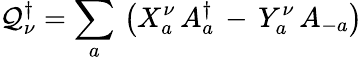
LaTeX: \mathcal{Q}_{\nu}^{\dagger}=\sum_{a}\, \left(X_{a}^{\nu}\, A_{a}^{\dagger}\, -\, Y_{a}^{\nu}\, A_{-a}\right)